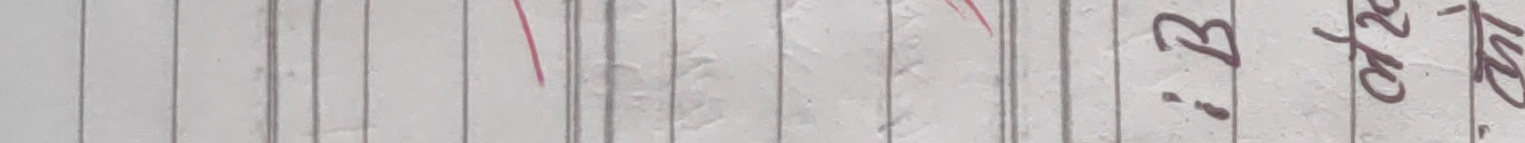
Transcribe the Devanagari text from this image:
ठिक